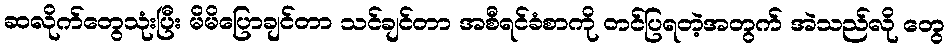
ဆလိုက်တွေသုံးပြီး မိမိပြောချင်တာ သင်ချင်တာ အစီရင်ခံစာကို တင်ပြရတဲ့အတွက် အဲသည်လို တွေ